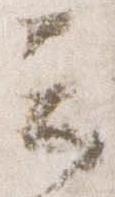
云